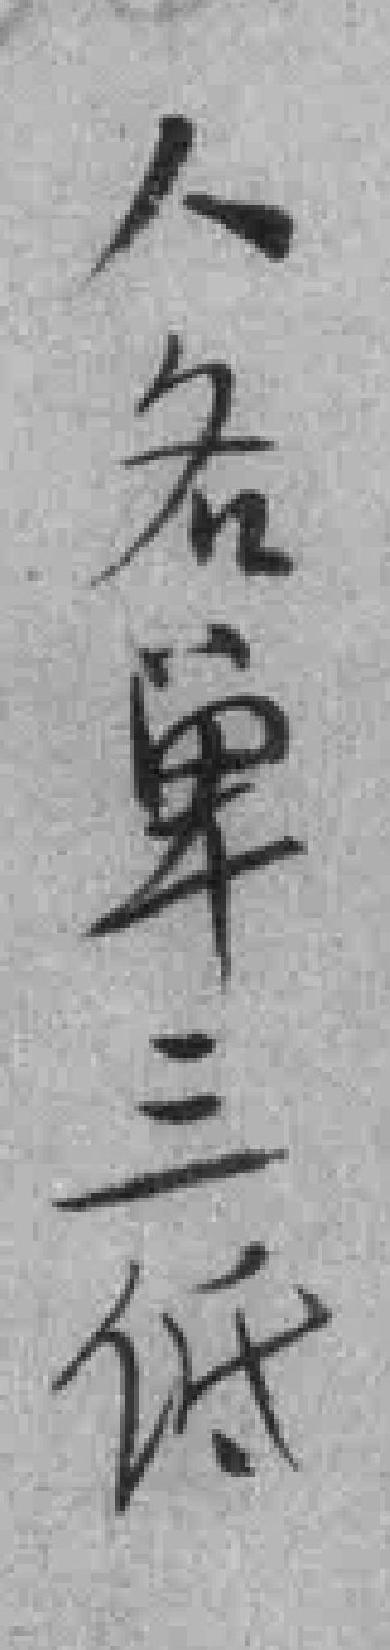
人名单三低